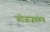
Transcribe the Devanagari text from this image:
उरोजाजवळच